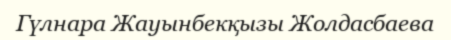
Гүлнара Жауынбекқызы Жолдасбаева